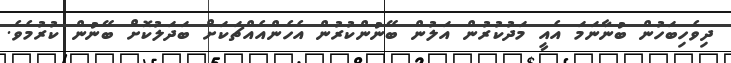
ދިވެހިބަހުން ބުނާނަމަ އެއީ މަދުކުރުން އަލުން ބޭނުންކުރުން އެހެންއެއްޗަކަށް ބަދަލުކޮށް ބޭނުން ކުރުމެވެ.